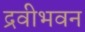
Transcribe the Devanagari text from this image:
द्रवीभवन